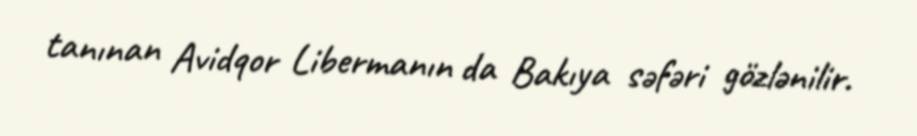
tanınan Avidqor Libermanın da Bakıya səfəri gözlənilir.